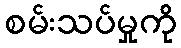
စမ်းသပ်မှုကို